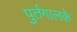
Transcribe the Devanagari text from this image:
पुर्तगालके